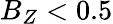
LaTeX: B_{Z}<0.5